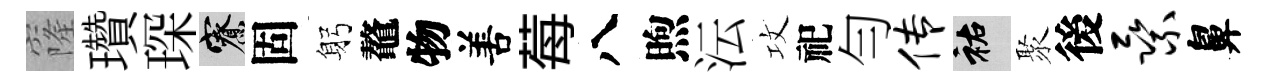
窿瓚琛寮固躬鼇物𠵊莓八煦沄攻祀勻传祐聚後乘鼻